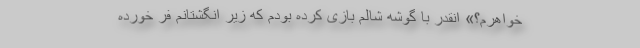
خواهرم؟» انقدر با گوشه شالم بازی کرده بودم که زیر انگشتانم فِر خورده